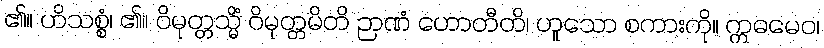
၏။ ဟိသစ္စံ၊ ၏။ ဝိမုတ္တသ္မိံ ဝိမုတ္တမိတိ ဉာဏံ ဟောတီတိ၊ ဟူသော စကားကို။ ဣဓမေဝ၊